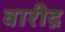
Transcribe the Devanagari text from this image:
वारीद्र